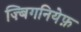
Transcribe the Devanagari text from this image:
ज़्बिगनियेफ़